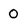
Character: 0